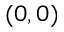
( 0 , 0 )